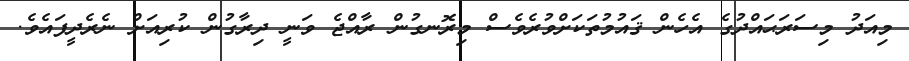
މިއަދު މިސަރަޙައްދުގެ އެހެން ޤައުމުތަކަށްވުރެވެސް މިރޮނގުން ރާއްޖެ ވަނީ ދިރާގުން ކުރިއަށް ނެރެދީފައެވެ.